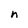
Character: n